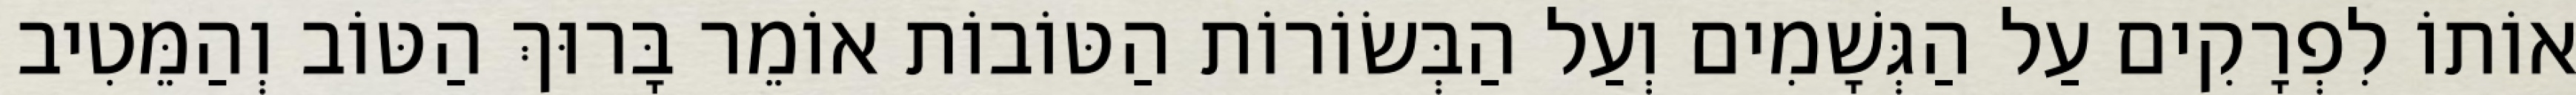
אוֹתוֹ לִפְרָקִים עַל הַגְּשָׁמִים וְעַל הַבְּשׂוֹרוֹת הַטּוֹבוֹת אוֹמֵר בָּרוּךְ הַטּוֹב וְהַמֵּטִיב